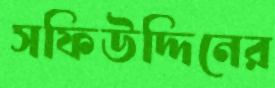
সফিউদ্দিনের